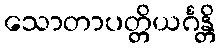
သောတာပတ္တိယင်္ဂန္တိ